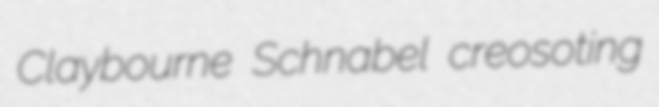
Claybourne Schnabel creosoting